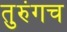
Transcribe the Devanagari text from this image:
तुरुंगच